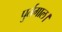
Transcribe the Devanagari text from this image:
पुर्तगाल।